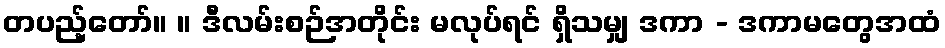
တပည့်တော်။ ။ ဒီလမ်းစဉ်အတိုင်း မလုပ်ရင် ရှိသမျှ ဒကာ - ဒကာမတွေအထံ